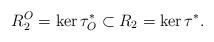
LaTeX: \begin{align*} R^O_2=\ker \tau^*_O\subset R_2=\ker \tau^*. \end{align*}